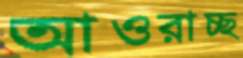
আওরাচ্ছ